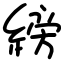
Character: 縍